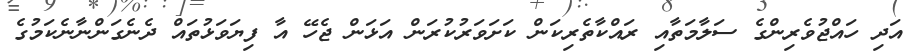
އަދި ހައްޖުވެރިންގެ ސަލާމަތާއި ރައްކާތެރިކަން ކަށަވަރުކުރަން އަޅަން ޖެހޭ އާ ފިޔަވަޅުތައް ދެނެގަންނާނެކަމުގެ